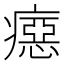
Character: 癋